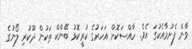
ވާން ފެށުމާއެކުގަ އެވެ. ހާއްސަކޮށް އަހަރުގެ ކުރީކޮޅު ބޭންކް ތަކުން ދޫކުރި ލޯނުގެ